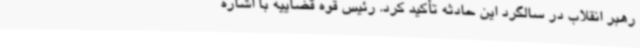
رهبر انقلاب در سالگرد این حادثه تأکید کرد. رئیس قوه قضاییه با اشاره